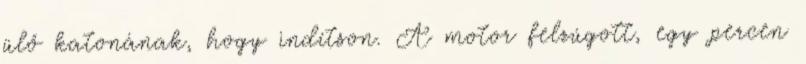
ülő katonának, hogy indítson. A motor felzúgott, egy percen